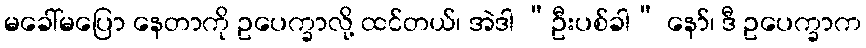
မခေါ်မပြော နေတာကို ဥပေက္ခာလို့ ထင်တယ်၊ အဲဒါ “ဦးပစ်ခါ” နော်၊ ဒီ ဥပေက္ခာက